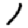
Digit: 1